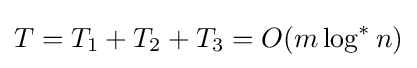
T=T_{1}+T_{2}+T_{3}=O(m\log ^{*}n)